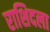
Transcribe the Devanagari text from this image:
राशिदला